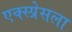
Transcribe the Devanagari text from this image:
एक्स्प्रेसला